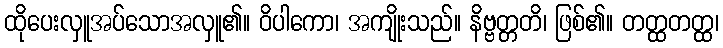
ထိုပေးလှူအပ်သောအလှူ၏။ ဝိပါကော၊ အကျိုးသည်။ နိဗ္ဗတ္တတိ၊ ဖြစ်၏။ တတ္ထတတ္ထ၊